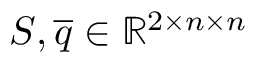
S , \overline { { q } } \in \mathbb { R } ^ { 2 \times n \times n }